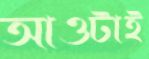
আওটাই